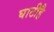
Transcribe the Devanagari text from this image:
घाटीहै